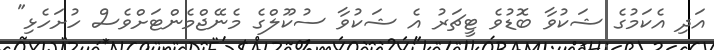
އަދި އެކަމުގެ ޝަކުވާ ބޮޑުވެ ޓީޗަރު އެ ޝަކުވާ ސުކޫލްގެ މެނޭޖްމެންޓަށްވެސް ހުށަހެޅި"